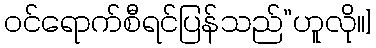
ဝင်ရောက်စီရင်ပြန်သည်”ဟူလို၊၊]